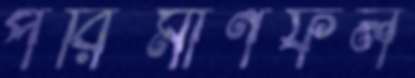
পরিমাণফল